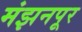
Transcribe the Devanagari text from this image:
मंझनपूर